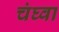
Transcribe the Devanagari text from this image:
चंघ्वा